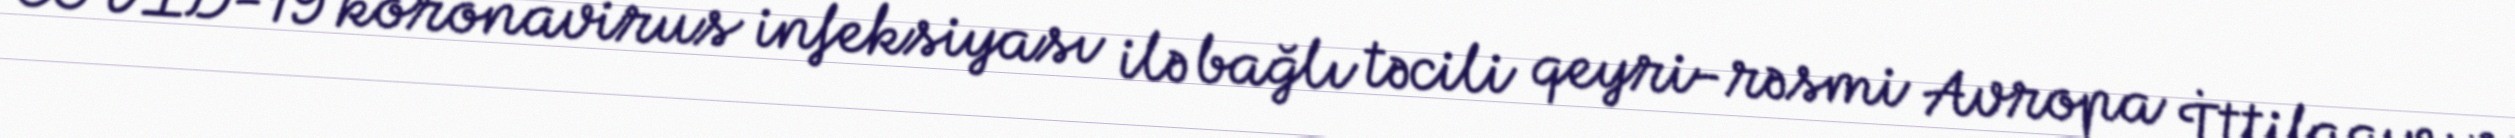
COVID-19 koronavirus infeksiyası ilə bağlı təcili qeyri-rəsmi Avropa İttifaqının